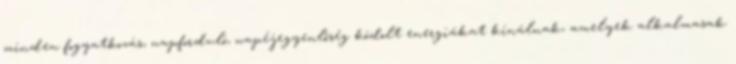
minden fogyatkozás, napforduló, napéjegyenlőség kódolt energiákat kínálnak, amelyek alkalmasak